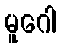
မူဂေါ